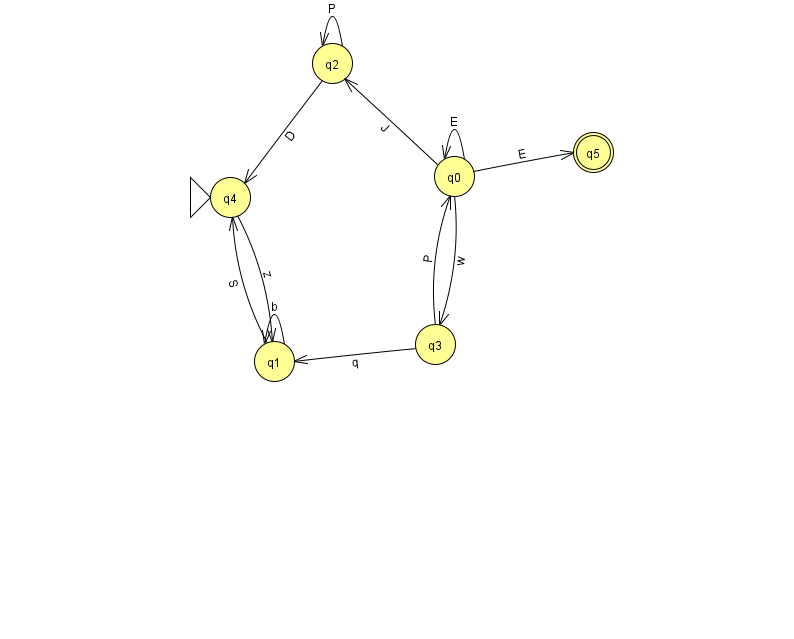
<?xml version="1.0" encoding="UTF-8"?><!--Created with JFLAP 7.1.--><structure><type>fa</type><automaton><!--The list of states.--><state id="0" name="q0"><x>454.0</x><y>163.0</y></state><state id="1" name="q1"><x>274.0</x><y>348.0</y></state><state id="2" name="q2"><x>332.0</x><y>50.0</y></state><state id="3" name="q3"><x>435.0</x><y>331.0</y></state><state id="4" name="q4"><x>230.0</x><y>184.0</y><initial/></state><state id="5" name="q5"><x>593.0</x><y>139.0</y><final/></state><!--The list of transitions.--><transition><from>2</from><to>2</to><read>P</read></transition><transition><from>1</from><to>1</to><read>b</read></transition><transition><from>1</from><to>4</to><read>S</read></transition><transition><from>0</from><to>0</to><read>E</read></transition><transition><from>3</from><to>1</to><read>q</read></transition><transition><from>3</from><to>0</to><read>P</read></transition><transition><from>0</from><to>2</to><read>J</read></transition><transition><from>2</from><to>4</to><read>D</read></transition><transition><from>0</from><to>5</to><read>E</read></transition><transition><from>4</from><to>1</to><read>z</read></transition><transition><from>0</from><to>3</to><read>w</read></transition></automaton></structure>